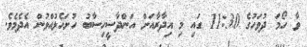
ވާ ހޯމަ ދުވަހުގެ 11:30 ގައި މި އިދާރާއަށް އަންދާސީހިސާބު ހުށަހެޅުއްވުން އެދެމެވެ.